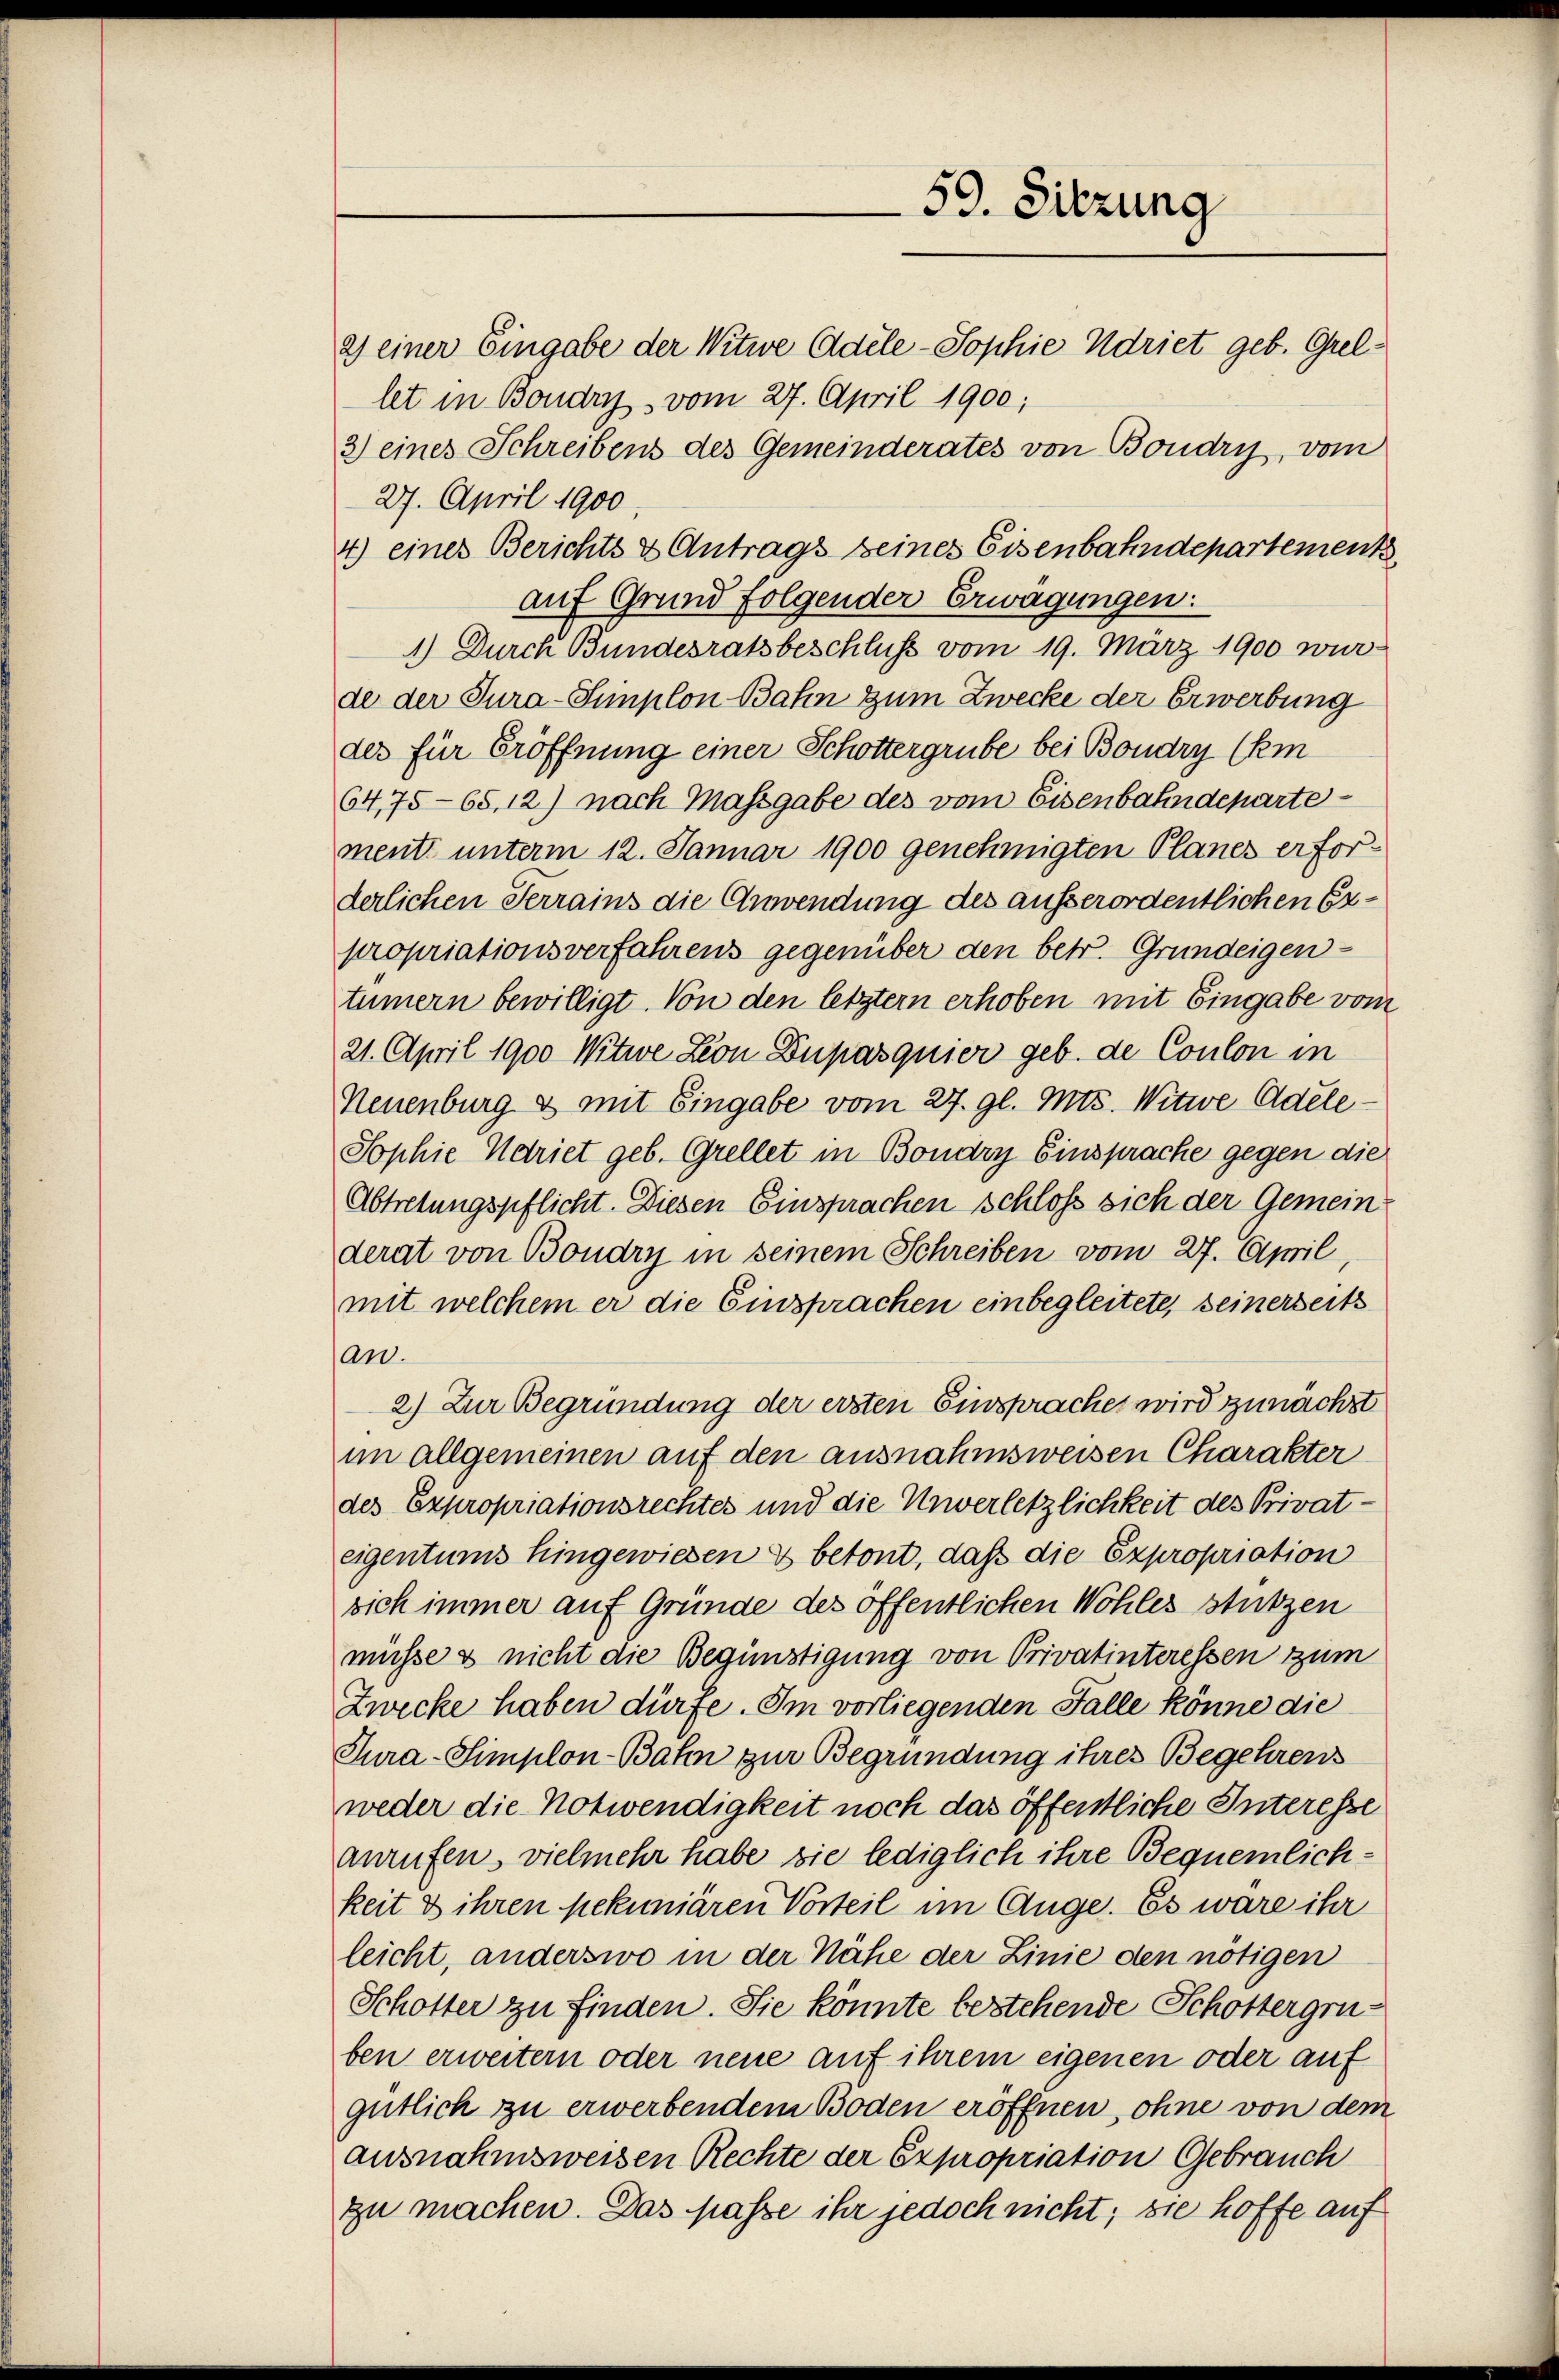
59. Sitzung

2) einer Eingabe der Witwe Adele-Sophie Adriet geb. Grellet in Boudry vom 27. April 1900;
3) eines Schreibens des Gemeinderates von Boudry, vom
27. April 1900.
4) eines Berichts & Antrags seines Eisenbahndepartement
auf Grund folgender Erwägungen:
1.) Durch Bundesratsbeschluss vom 19. März 1900 wur-
de der Jura-Simplon Bahn zum Zwecke der Erwerbung
des für Eröffnung einer Schottergrube bei Boudry (Em
64,75-68. 12) nach Massgabe des vom Eisenbahndepartement unterm 12. Januar 1900 genehmigten Planes erforderlichen Terrains die Anwendung des ausserordentlichen Expropriationsverfahrens gegenüber den betr. Grundeigen-
tümern bewilligt. Von den letztern erhoben mit Eingabe vom
21. April 1900 Witwe Leon Dupasquier geb. de Coulon in
Neuenburg & mit Eingabe vom 27. gl. Mts. Witwe Adele¬
Sophie Adriet geb. Grellet in Bondry Einsprache gegen die
Abtretungspflicht. Diesen Einsprachen schloss sich der Gemein
derat von Boudry in seinem Schreiben vom 27. April,
mit welchem er die Einsprachen einbegleitete, seinerseits
an.
2) Zur Begründung der ersten Einspraches wird zunächst
im allgemeinen auf den ausnahmsweisen Charakter
des Expropriationsrechtes und die Unverletzlichkeit des Privateigentums hingewiesen & betont, daß die Expropriation
sich immer auf Gründe des öffentlichen Wohles stützen
müsse & nicht die Begünstigung von Privatinteressen zum
Zwecke haben dürfe. Im vorliegenden Falle könne die
Tura-Simplon-Bahn zur Begründung ihres Begehrens
weder die Notwendigkeit noch das öffentliche Interesse
anrufen, vielmehr habe sie lediglich ihre Bequemlichkeit & ihren pekuniären Vorteil im Auge. Es wäre ihr
leicht, anderswo in der Nähe der Linie den nötigen
Schotter zu finden. Sie könnte bestehende Schottergruben erweitern oder neue auf ihrem eigenen oder auf
gütlich zu erwerbendem Boden eröffnen, ohne von dem
ausnahmsweisen Rechte der Expropriation Gebrauch
zu machen. Das passe ihr jedoch nicht; sie hoffe auf